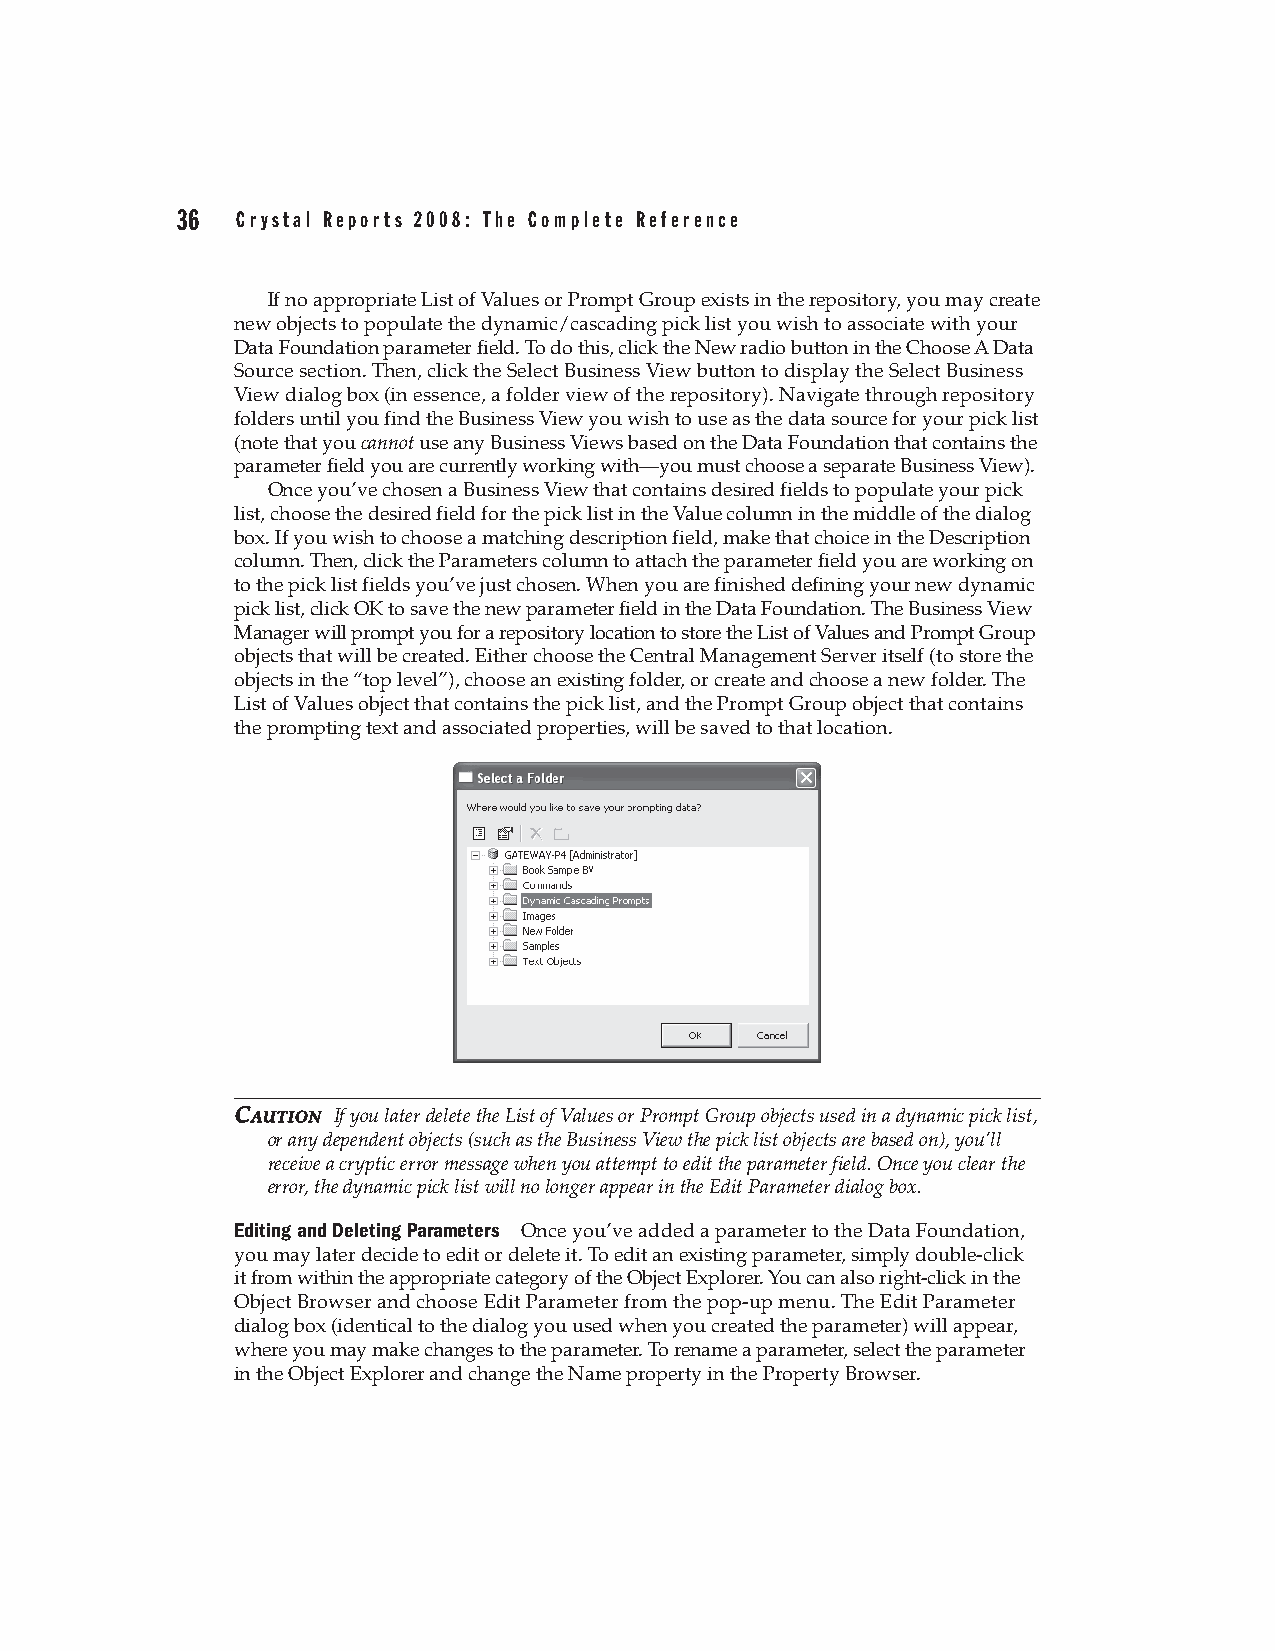
36  Crystal Reports 2008: The Complete Reference
 If no appropriate List of Values or Prompt Group exists in the repository, you may create
 new objects to populate the dynamic/cascading pick list you wish to associate with your
 Data Foundation parameter field. To do this, click the New radio button in the Choose A Data
 Source section. Then, click the Select Business View button to display the Select Business
 View dialog box (in essence, a folder view of the repository). Navigate through repository
 folders until you find the Business View you wish to use as the data source for your pick list
 (note that you cannot use any Business Views based on the Data Foundation that contains the
 parameter field you are currently working with—you must choose a separate Business View).
 Once you’ve chosen a Business View that contains desired fields to populate your pick
 list, choose the desired field for the pick list in the Value column in the middle of the dialog
 box. If you wish to choose a matching description field, make that choice in the Description
 column. Then, click the Parameters column to attach the parameter field you are working on
 to the pick list fields you’ve just chosen. When you are finished defining your new dynamic
 pick list, click OK to save the new parameter field in the Data Foundation. The Business View
 Manager will prompt you for a repository location to store the List of Values and Prompt Group
 objects that will be created. Either choose the Central Management Server itself (to store the
 objects in the “top level”), choose an existing folder, or create and choose a new folder. The
 List of Values object that contains the pick list, and the Prompt Group object that contains
 the prompting text and associated properties, will be saved to that location.
 CCAAUUTTIIOONN If you later delete the List of Values or Prompt Group objects used in a dynamic pick list,
 or any dependent objects (such as the Business View the pick list objects are based on), you’ll
 receive a cryptic error message when you attempt to edit the parameter field. Once you clear the
 error, the dynamic pick list will no longer appear in the Edit Parameter dialog box.
 Editing and Deleting Parameters Once you’ve added a parameter to the Data Foundation,
 you may later decide to edit or delete it. To edit an existing parameter, simply double-click
 it from within the appropriate category of the Object Explorer. You can also right-click in the
 Object Browser and choose Edit Parameter from the pop-up menu. The Edit Parameter
 dialog box (identical to the dialog you used when you created the parameter) will appear,
 where you may make changes to the parameter. To rename a parameter, select the parameter
 in the Object Explorer and change the Name property in the Property Browser.